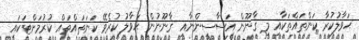
ޙަވާލުކުރާ ކަންތައްތަކާއި މި ޤާނޫން އަސާސީންނާއި ޤާނޫނުން ޙަވާލު ކުރެވޭ ކަނަތައްތައް ކުރުމަށްޓަކައި